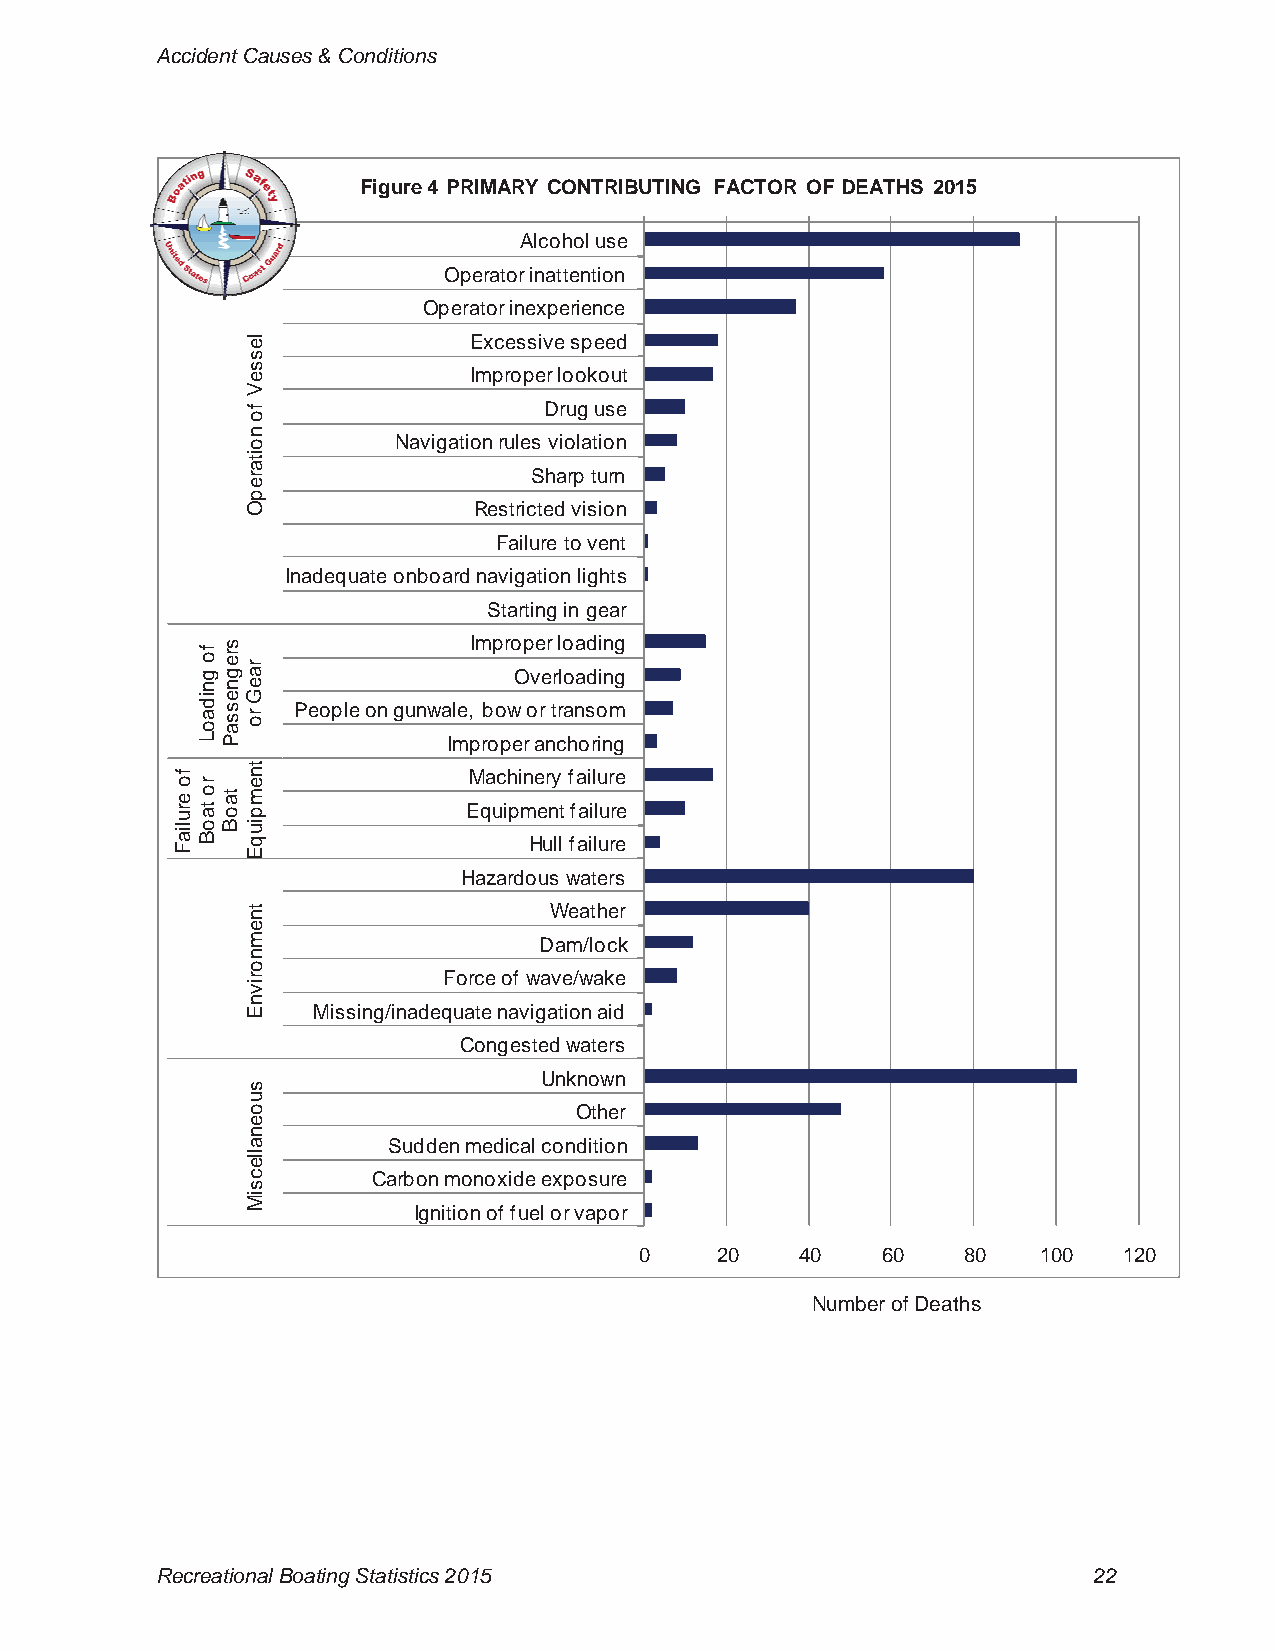
Accident Causes & Conditions
 Figure 4 PRIMARY CONTRIBUTING FACTOR OF DEATHS 2015
 Alcohol use
 Operator inattention
 Operator inexperience
 Excessive speed
 Improper lookout
 Drug use
 Navigation rules violation
 Sharp turn
 Restricted vision
 Failure to vent
 Inadequate onboard navigation lights
 Starting in gear
 Improper loading
 Overloading
 People on gunwale, bow or transom
 Improper anchoring
 Machinery failure
 Equipment failure
 Hull failure
 Hazardous waters
 Weather
 Dam/lock
 Force of wave/wake
 Missing/inadequate navigation aid
 Congested waters
 Unknown
 Other
 Sudden medical condition
 Carbon monoxide exposure
 Ignition of fuel or vapor
 0    20    40   60    80   100  120
 Number of Deaths
 Recreational Boating Statistics 2015                          22
 fo
 eruliaF
 fo
 gnidaoL
 ro
 taoB
 sregnessaP
 taoB
 lesseV
 fo
 noitarepO
 raeG
 ro
 tnempiuqE
 tnemnorivnE
 suoenallecsiM